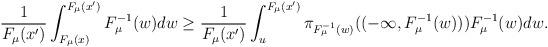
LaTeX: \begin{align*} \frac{1}{F_\mu(x')}\int_{F_\mu(x)}^{F_\mu(x')}F_\mu^{-1}(w)dw \ge\frac{1}{F_\mu(x') }\int_u^{F_\mu(x')}\pi_{F_{\mu}^{-1}(w)}((-\infty,F_{\mu}^{-1}(w))){F_\mu^{-1}(w)}dw. \end{align*}